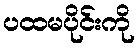
ပထမပိုင်းကို